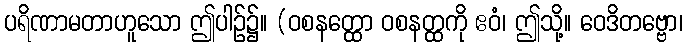
ပရိဏာမတာဟူသော ဤပါဉ်၌။ (ဝစနတ္ထော ဝစနတ္ထကို ဧဝံ၊ ဤသို့။ ဝေဒိတဗ္ဗော၊